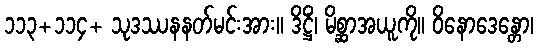
၁၁၃+၁၁၄+ သုဒဿနနတ်မင်းအား။ ဒိဋ္ဌိံ၊ မိစ္ဆာအယူကို။ ဝိနောဒေန္တော၊